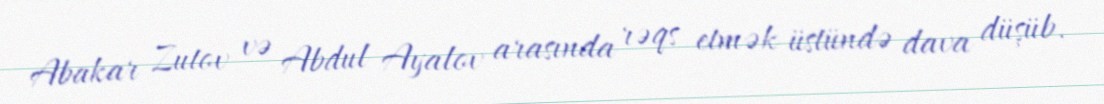
Abakar Zutov və Abdul Ayalov arasında rəqs etmək üstündə dava düşüb.